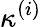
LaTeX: \kappa^{(i)}